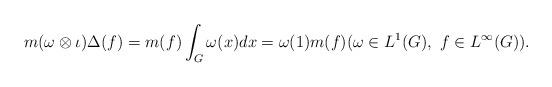
LaTeX: \begin{align*} m(\omega \otimes \iota)\Delta(f)= m(f) \int_{G}\omega(x)dx = \omega(1)m(f) (\omega \in L^1(G), \ f \in L^\infty(G)).\end{align*}